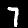
Digit: 7